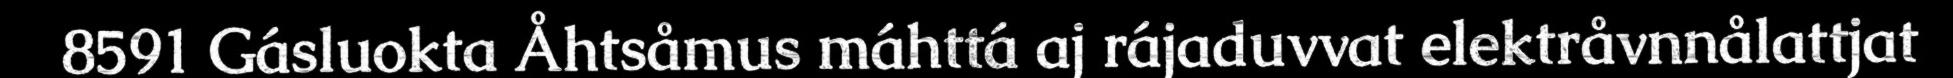
8591 Gásluokta Åhtsåmus máhttá aj rájaduvvat elektråvnnålattjat